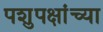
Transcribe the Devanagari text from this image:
पशुपक्षांच्या